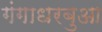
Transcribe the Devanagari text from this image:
गंगाधरबुआ